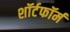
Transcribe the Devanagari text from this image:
शॉर्टफॉर्म